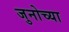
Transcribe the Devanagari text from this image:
जुनोच्या